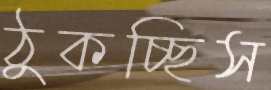
ঠুকচ্ছিস